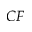
C F